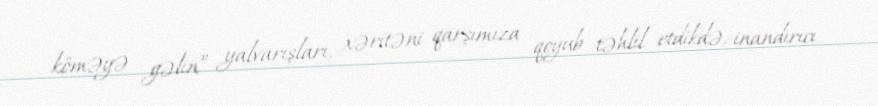
köməyə gəlin” yalvarışları, xəritəni qarşımıza qoyub təhlil etdikdə, inandırıcı